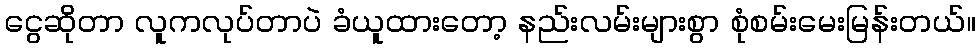
ငွေဆိုတာ လူကလုပ်တာပဲ ခံယူထားတော့ နည်းလမ်းများစွာ စုံစမ်းမေးမြန်းတယ်။